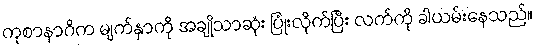
ကုစာနာဂိက မျက်နှာကို အချိုသာဆုံး ပြုံးလိုက်ပြီး လက်ကို ခါယမ်းနေသည်။